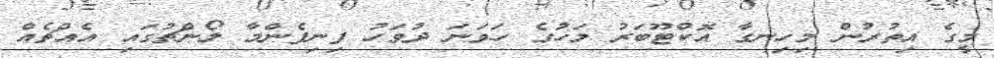
މީގެ އިތުރުން މިހިނގާ އޮކްޓޫބަރު މަހުގެ ހަވަނަ ދުވަހު ފިނިފެންމާ ލޯންޗުގައި އެއްޗެއް